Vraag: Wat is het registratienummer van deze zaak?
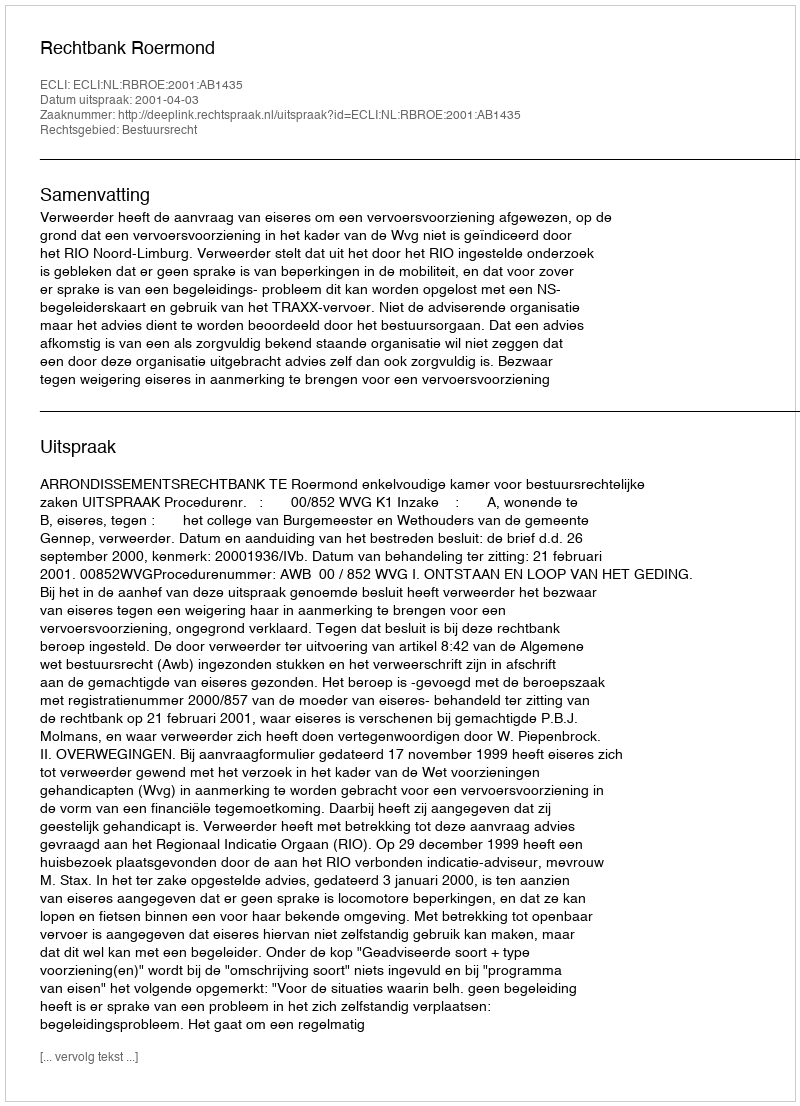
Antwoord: http://deeplink.rechtspraak.nl/uitspraak?id=ECLI:NL:RBROE:2001:AB1435